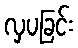
လှပခြင်း